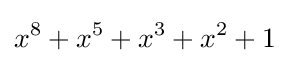
x^{8}+x^{5}+x^{3}+x^{2}+1